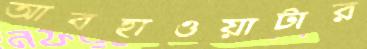
আবহাওয়াটার